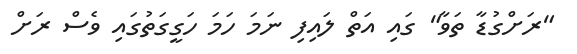
"ރަށްގުޑާ ތަވާ" ގައި އަތް ލައިފި ނަމަ ހަމަ ހަގީގަތުގައި ވެސް ރަށް